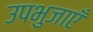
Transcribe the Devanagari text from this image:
उपभुजाएँ